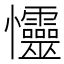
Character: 㦭